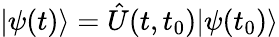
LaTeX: |\psi(t)\rangle=\hat{U}(t,t_{0})|\psi(t_{0})\rangle